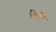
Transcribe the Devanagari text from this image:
पसेव